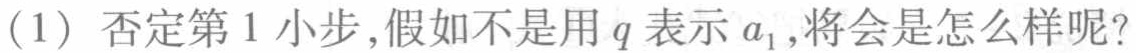
(1) 否定第1小步,假如不是用\(q\)表示\(a_{1}\),将会是怎么样呢?